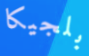
بلجيكا